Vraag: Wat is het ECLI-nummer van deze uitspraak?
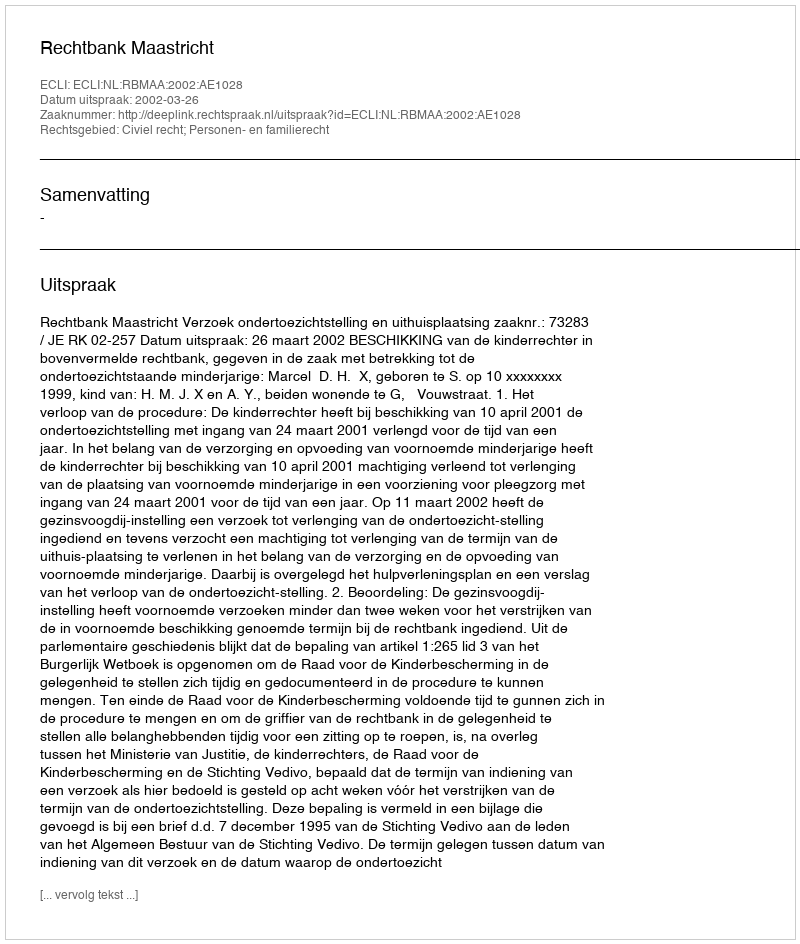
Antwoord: ECLI:NL:RBMAA:2002:AE1028